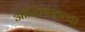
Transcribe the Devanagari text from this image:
ऑस्ट्रियातल्या